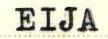
EIJA